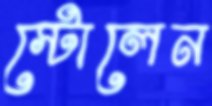
স্টোলেন